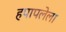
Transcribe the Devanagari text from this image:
हपापलेला